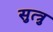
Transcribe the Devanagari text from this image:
सुत्त्रु